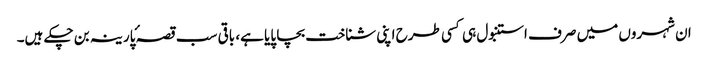
ان شہروں میں صرف استنبول ہی کسی طرح اپنی شناخت بچا پایا ہے، باقی سب قصہ ٔپارینہ بن چکے ہیں۔